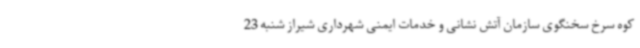
کوه سرخ سخنگوی سازمان آتش نشانی و خدمات ایمنی شهرداری شیراز شنبه 23